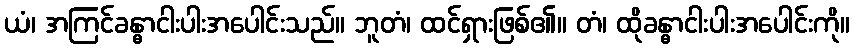
ယံ၊ အကြင်ခန္ဓာငါးပါးအပေါင်းသည်။ ဘူတံ၊ ထင်ရှားဖြစ်၏။ တံ၊ ထိုခန္ဓာငါးပါးအပေါင်းကို။